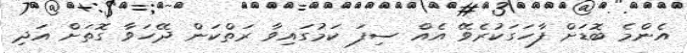
އެންމެ ބޮޑަށް ފާހަގަކުރެވޭ އެއް ސިފަ ކަމުގައިވާ ރަތްކަން ދޭހަވާ ގޮތަށް އަދި